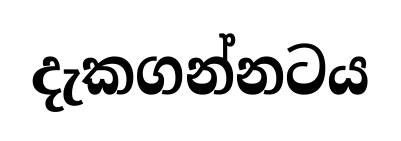
දැකගන්නටය